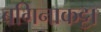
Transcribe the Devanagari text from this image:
बगिनाकट्टा